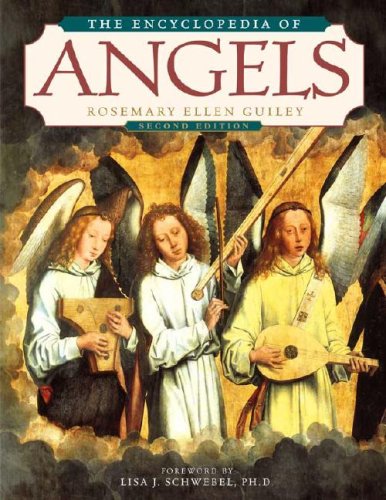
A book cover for The Encyclopedia of Angels, Second Edition; Rosemary Ellen Guiley; Literature & Fiction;